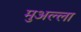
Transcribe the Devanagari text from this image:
मुअल्ला